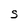
Character: S